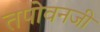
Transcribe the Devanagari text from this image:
तपोवनजी